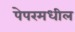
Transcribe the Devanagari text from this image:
पेपरमधील